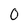
Character: 0